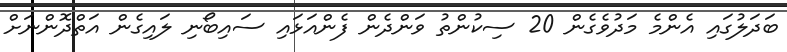
ބަދަލުގައި އެންމެ މަދުވެގެން 20 ސިކުންތު ވަންދެން ފެންއަޅައި ސައިބޯނި ލައިގެން އަތްދޮންނަށް